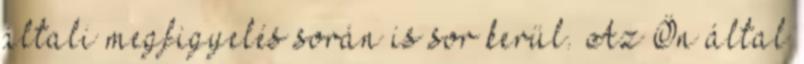
általi megfigyelés során is sor kerül. Az Ön által